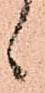
候